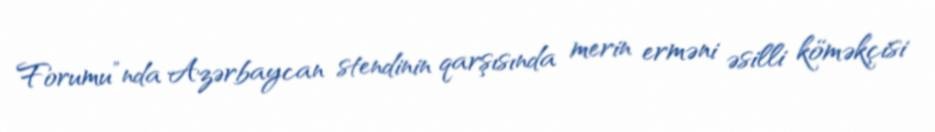
Forumu”nda Azərbaycan stendinin qarşısında merin erməni əsilli köməkçisi